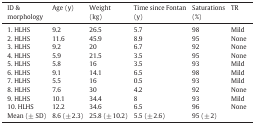
<table><thead><tr><td><b>ID &amp; morphology</b></td><td><b>Age (y)</b></td><td><b>Weight (kg)</b></td><td><b>Time since Fontan (y)</b></td><td><b>Saturations (%)</b></td><td><b>TR</b></td></tr></thead><tbody><tr><td>1. HLHS</td><td>9.2</td><td>26.5</td><td>5.7</td><td>98</td><td>Mild</td></tr><tr><td>2. HLHS</td><td>11.6</td><td>45.9</td><td>8.9</td><td>95</td><td>None</td></tr><tr><td>3. HLHS</td><td>9.2</td><td>20</td><td>6.7</td><td>92</td><td>None</td></tr><tr><td>4. HLHS</td><td>5.9</td><td>21.5</td><td>3.5</td><td>95</td><td>None</td></tr><tr><td>5. HLHS</td><td>5.8</td><td>16</td><td>3.5</td><td>93</td><td>Mild</td></tr><tr><td>6. HLHS</td><td>9.1</td><td>14.1</td><td>6.5</td><td>98</td><td>Mild</td></tr><tr><td>7. HLHS</td><td>5.5</td><td>16</td><td>0.5</td><td>93</td><td>Mild</td></tr><tr><td>8. HLHS</td><td>7.6</td><td>30</td><td>4.2</td><td>92</td><td>None</td></tr><tr><td>9. HLHS</td><td>10.1</td><td>34.4</td><td>8</td><td>93</td><td>Mild</td></tr><tr><td>10. HLHS</td><td>12.2</td><td>34.6</td><td>6.5</td><td>96</td><td>None</td></tr><tr><td>Mean (± SD)</td><td>8.6 (± 2.3)</td><td>25.8 (± 10.2)</td><td>5.5 (± 2.6)</td><td>95 (± 2)</td><td></td></tr></tbody></table>